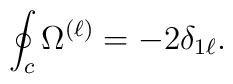
\oint_{c}\Omega^{(\ell)}=-2\delta_{1 \ell}.